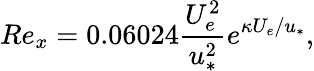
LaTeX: Re_{x}=0.06024\frac{U_{e}^{2}}{u_{*}^{2}}e^{\kappa U_{e}/u_{*}},